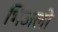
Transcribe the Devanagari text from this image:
भिजलो